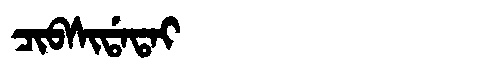
Manchu: ᠴᡳᠪᠰᡳᡩᠠᡨᠠᡳ
Romanization: CIBSIDATAI